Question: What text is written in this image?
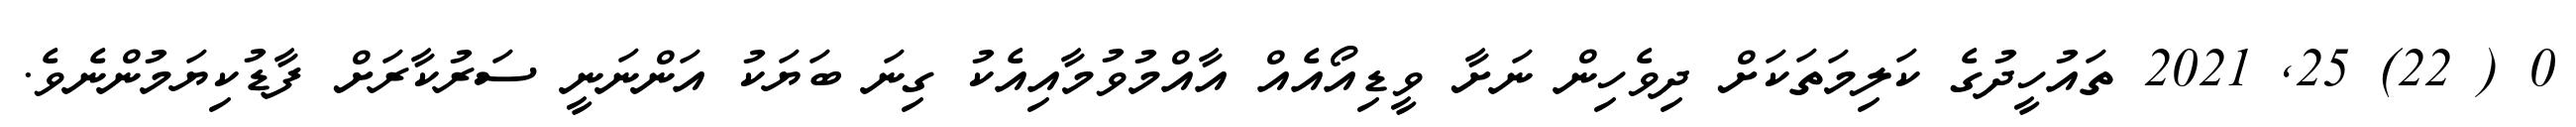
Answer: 0 ( 22) 25, 2021 ތައުހީދުގެ ކަލިމަތަކަށް ދިވެހިން ނަށާ ވީޑިއޯއެއް އާއްމުވުމާއިއެކު ގިނަ ބަޔަކު އަންނަނީ ސަރުކާރަށް ފާޑުކިޔަމުންނެވެ.